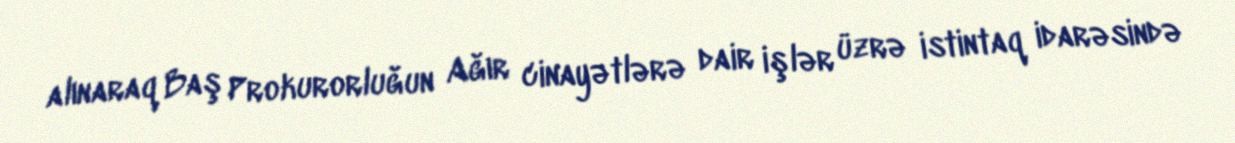
alınaraq Baş Prokurorluğun Ağır cinayətlərə dair işlər üzrə istintaq idarəsində